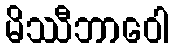
မိဿီဘာဝေါ